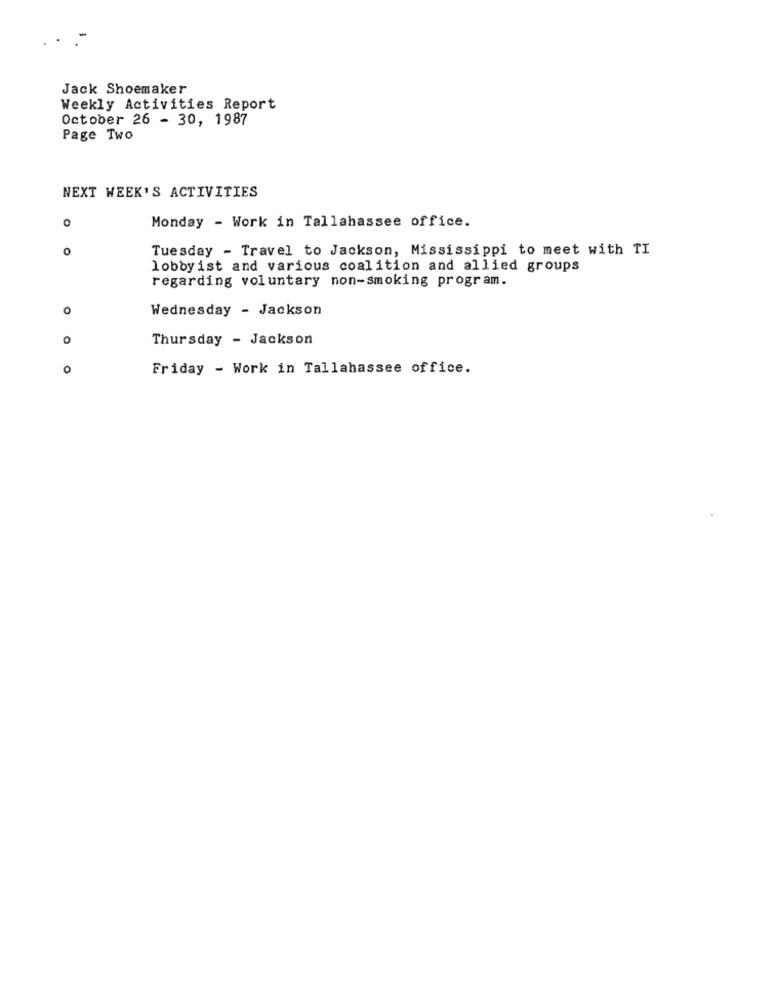
Jack Shoemaker
Weekly Activities Report
October 26 - 30, 1987
Page Two
NEXT WEEK'S ACTIVITIES
O
Monday - Work in Tallahassee office.
0
Tuesday - Travel to Jackson, Mississippi to meet with TI
lobbyist and various coalition and allied groups
regarding voluntary non-smoking program.
Wednesday - Jackson
0
Thursday - Jackson
o
Friday - Work in Tallahassee office.